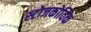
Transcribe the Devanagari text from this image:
स्टोजकोविक